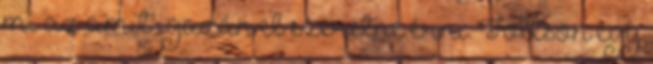
mi az amit igazán el szeretne érni. Töltsön egy